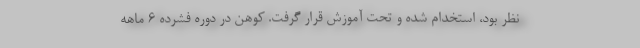
نظر بود، استخدام شده و تحت آموزش قرار گرفت. کوهن در دوره فشرده 6 ماهه